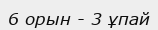
6 орын - 3 ұпай